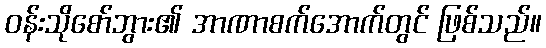
ဝန်းသိုစော်ဘွား၏ အာဏာစက်အောက်တွင် ဖြစ်သည်။